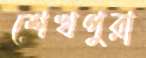
শেখপুরা